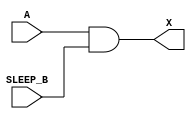
module sky130_fd_sc_hd__lpflow_inputiso0n_3 (
    X      ,
    A      ,
    SLEEP_B
);
    output X      ;
    input  A      ;
    input  SLEEP_B;
    and and0 (X     , A, SLEEP_B     );
endmodule